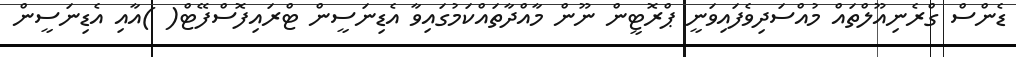
ޑެންސް ގްރެނިއޫލްތައް މުއްސަދިވެފައިވަނީ ޕްރޮޓީން ނޫން މާއްދާތައްކަމުގައިވާ އެޑިނަސީން ޓްރައިފޮސްފޭޓް( )އާއި އެޑިނަސީން